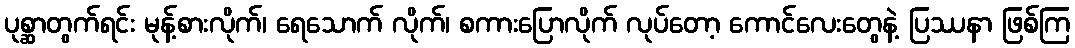
ပုစ္ဆာတွက်ရင်း မုန့်စားလိုက်၊ ရေသောက် လိုက်၊ စကားပြောလိုက် လုပ်တော့ ကောင်လေးတွေနဲ့ ပြဿနာ ဖြစ်ကြ